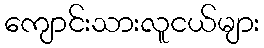
ကျောင်းသားလူငယ်များ